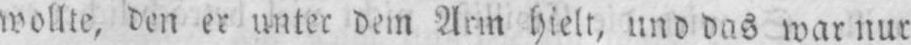
wollte, den er unter dem Arm hielt, und das war nur